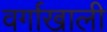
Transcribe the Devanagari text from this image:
वर्गाखाली